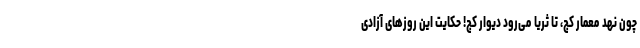
چون نهد معمار کج، تا ثریا می‌رود دیوار کج! حکایت این روزهای آزادی